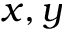
x , y